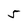
Character: 5